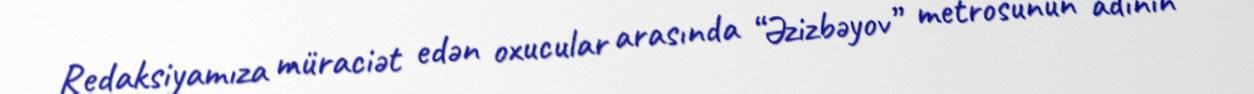
Redaksiyamıza müraciət edən oxucular arasında “Əzizbəyov” metrosunun adının